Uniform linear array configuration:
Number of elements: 64
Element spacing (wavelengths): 1
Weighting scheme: cosine
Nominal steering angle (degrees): -60
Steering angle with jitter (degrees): -60.659
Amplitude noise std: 0.05
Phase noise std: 0.05

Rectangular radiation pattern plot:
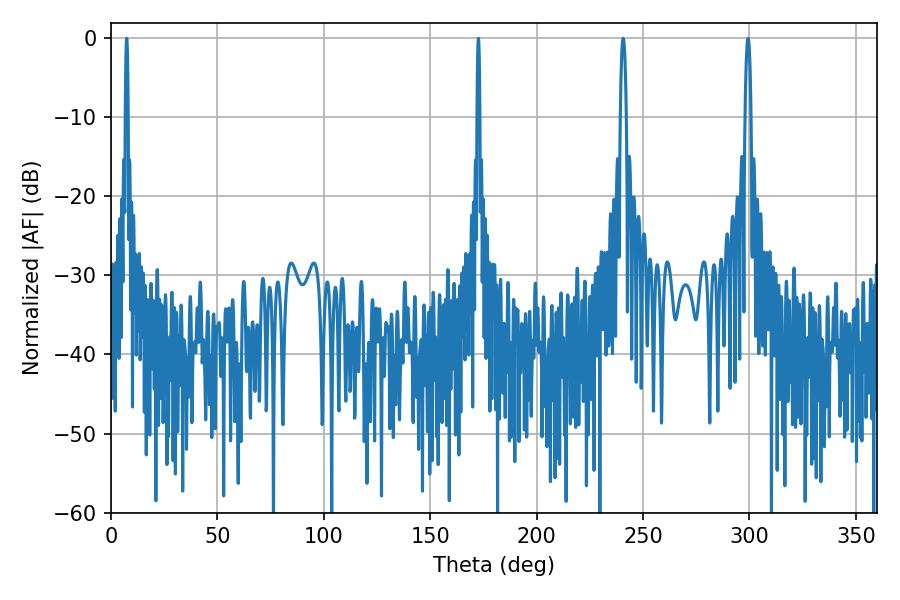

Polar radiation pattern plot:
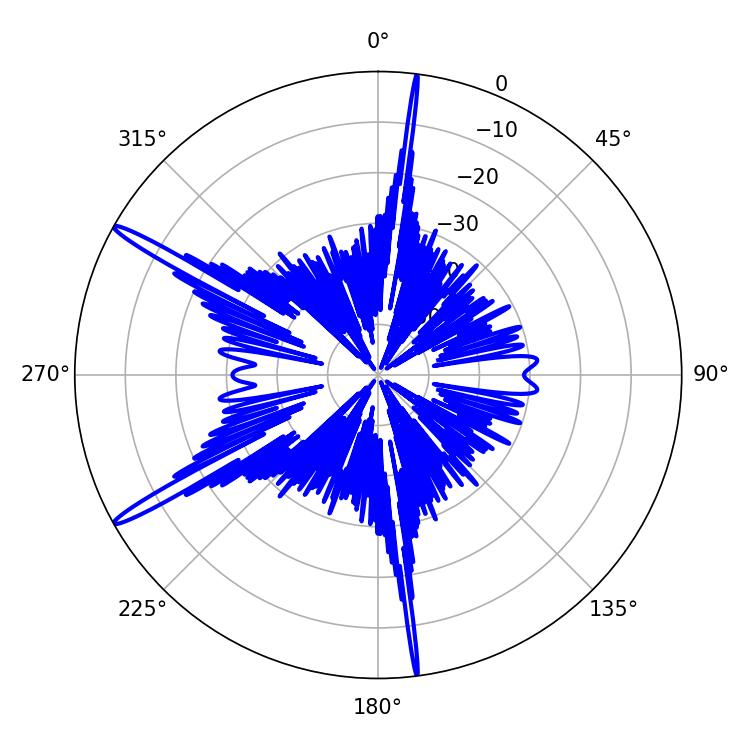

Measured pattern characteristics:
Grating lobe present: TRUE
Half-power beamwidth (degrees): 1.44
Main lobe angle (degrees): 240.66